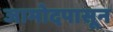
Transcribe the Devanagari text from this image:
जामोदपासून